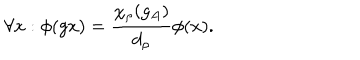
\forall x : \phi ( g x ) = \frac { \chi _ { \rho } ( g _ { A } ) } { d _ { \rho } } \phi ( x ) .